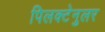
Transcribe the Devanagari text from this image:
पिलक्टेनुलर